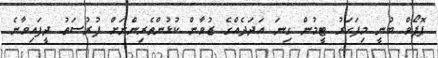
ޕޮޕޯވް ބުނީ މިފަހަރު ޓީމުން ގިނަ އަދަދެއްގެ ޒުވާން ކުޅުންތެރިންނަށް ފުރުސަތު ދީފައިވާނެ